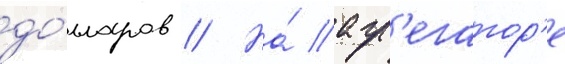
до́лларов // На́ агр'егатор'е